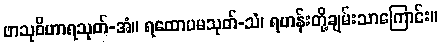
ဖာသုဝိဟာရသုတ်-အံ။ ရထောပမသုတ်-သံ၊ ရဟန်းတို့ချမ်းသာကြောင်း။